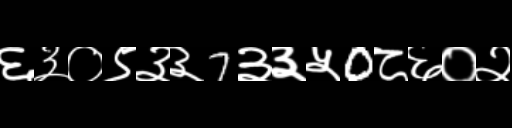
Text: ६३०९३३7३३५0८६०२